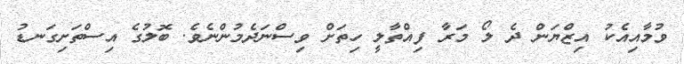
ވުމާއިއެކު އިޒްޔަން ދެ ލޯ މަރާ ފިއްތާލީ ހިތަށް ވިސްނަދެމުންނެވެ. ބޮލުގެ އިސްތަށިގަނޑު